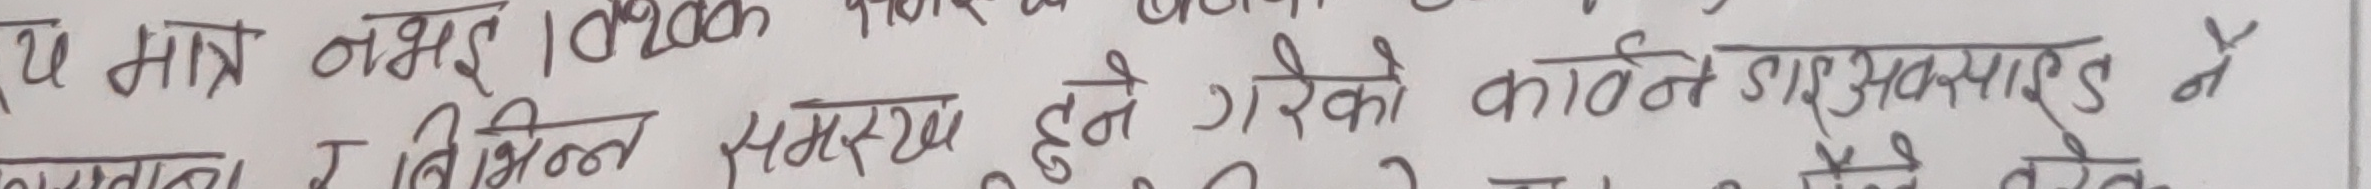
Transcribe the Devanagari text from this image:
ये मात्र नभई 10200 के. विभिन्न समरथ हुने गरेको कार्बन डाईअक्साइड नै